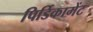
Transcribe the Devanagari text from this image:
पिर्डिकामेंट